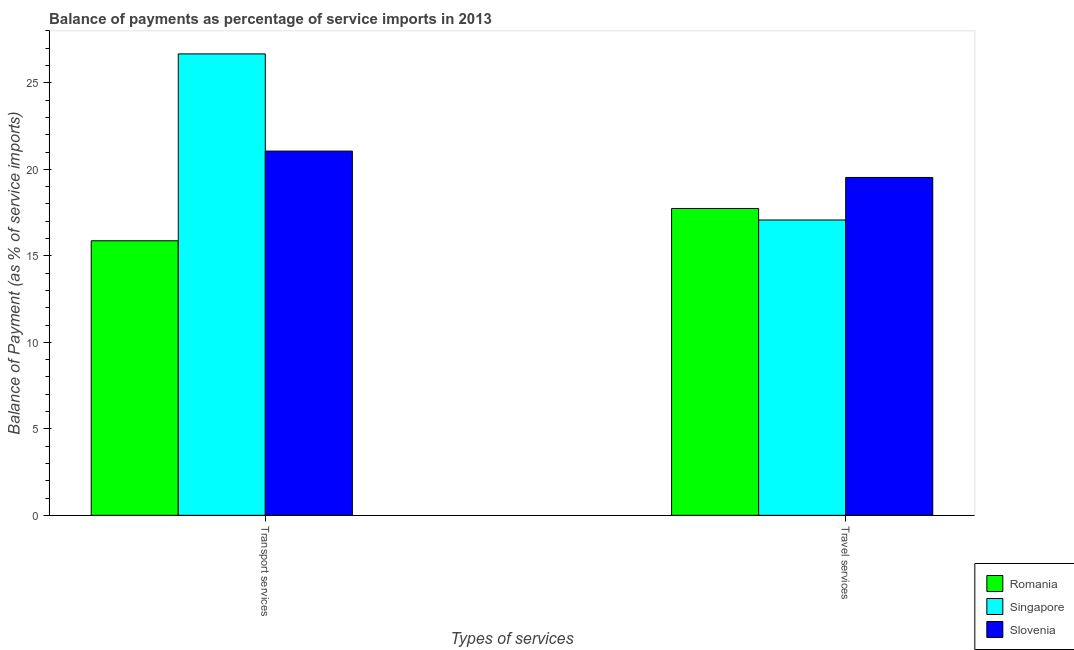
| Types of services | Romania | Singapore | Slovenia |
 | --- | --- | --- | --- |
 | Transport services | 15.9 | 26.7 | 21.1 |
 | Travel services | 17.7 | 17.1 | 19.5 |